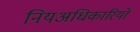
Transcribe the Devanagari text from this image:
नियअधिकारियों